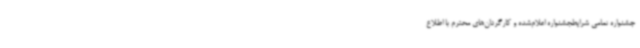
جشنواره تمامی شرایطجشنواره اعلام‌شده و کارگردان‌های محترم با اطلاع